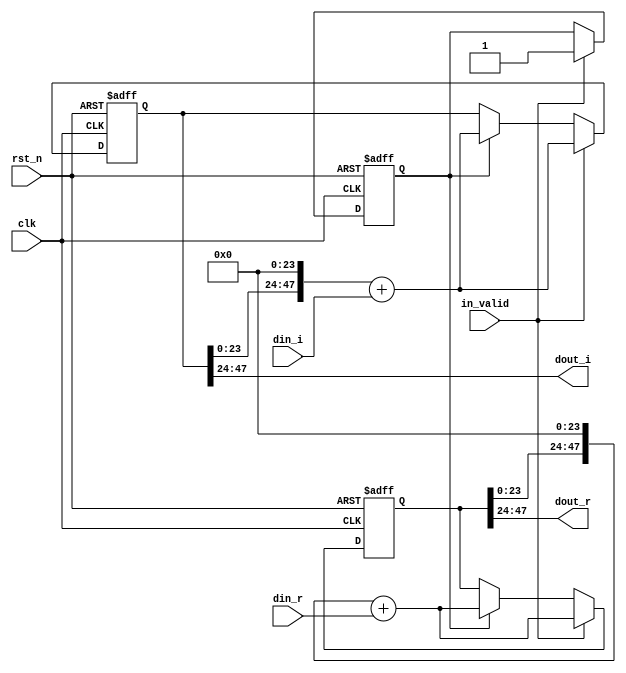
module shift_2(
	input clk,
	input rst_n,
	input in_valid,
	input signed [23:0] din_r,
	input signed [23:0] din_i,
	output signed [23:0] dout_r,
	output signed [23:0] dout_i
);
////////////////////////////////////////////
// Internal signals
reg [47:0] shift_reg_r ;
reg [47:0] shift_reg_i ;
reg [47:0] tmp_reg_r ;
reg [47:0] tmp_reg_i ;
reg [2:0] counter_2,next_counter_2;
reg valid,next_valid;
////////////////////////////////////////////
// Output logic
assign dout_r    = shift_reg_r[47:24];
assign dout_i    = shift_reg_i[47:24];
////////////////////////////////////////////
// Next state logic
always@(*)begin
    next_counter_2 = counter_2 + 2'd1;
    tmp_reg_r      = shift_reg_r;
    tmp_reg_i      = shift_reg_i;
    next_valid     = valid;
end
////////////////////////////////////////////
// State register
always@(posedge clk or negedge rst_n)begin
    if(~rst_n)begin
        shift_reg_r <= 0;
        shift_reg_i <= 0;
        counter_2   <= 0;
        valid       <= 0;
    end
    else 
    if (in_valid)begin
        counter_2        <= next_counter_2;
        shift_reg_r      <= (tmp_reg_r<<24) + din_r;
        shift_reg_i      <= (tmp_reg_i<<24) + din_i;
        valid            <= in_valid;
    end else if(valid)begin
        counter_2        <= next_counter_2;
        shift_reg_r      <= (tmp_reg_r<<24) + din_r;
        shift_reg_i      <= (tmp_reg_i<<24) + din_i;
        valid            <= next_valid;
    end
end

endmodule